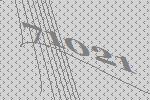
71021